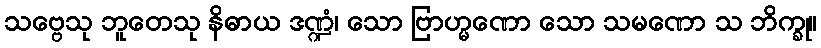
သဗ္ဗေသု ဘူတေသု နိဓာယ ဒဏ္ဍံ၊ သော ဗြာဟ္မဏော သော သမဏော သ ဘိက္ခု။